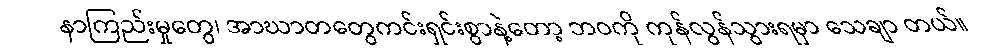
နာကြည်းမှုတွေ၊ အာဃာတတွေကင်းရှင်းစွာနဲ့တော့ ဘဝကို ကုန်လွန်သွားရမှာ သေချာ တယ်။